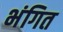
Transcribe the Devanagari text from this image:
भंगित